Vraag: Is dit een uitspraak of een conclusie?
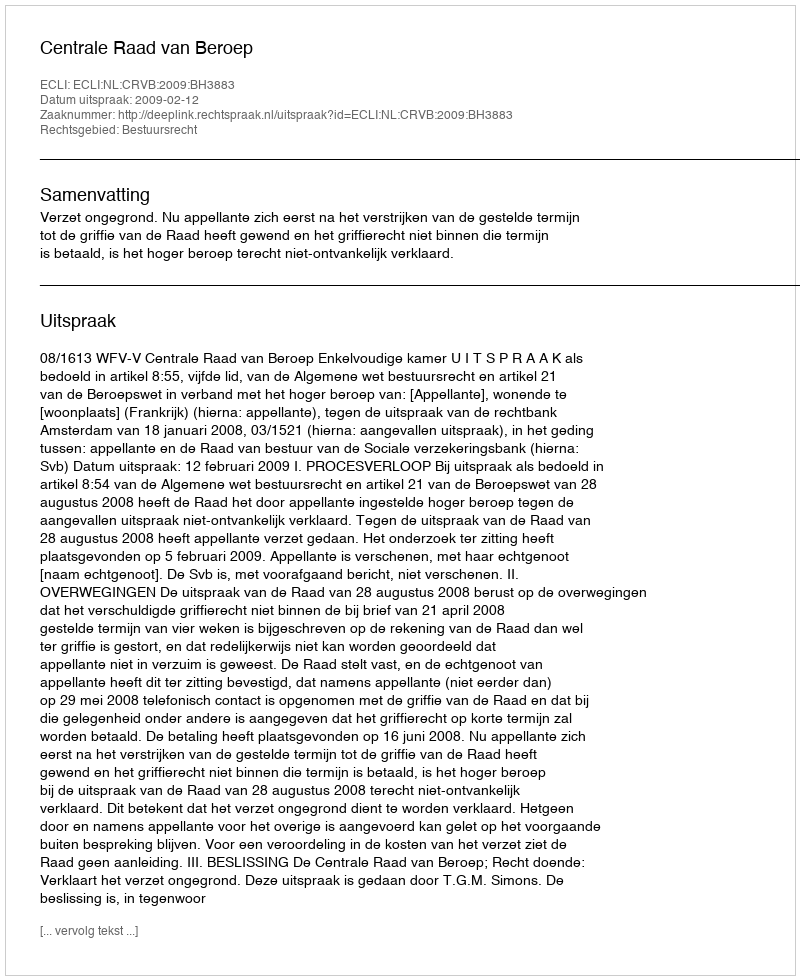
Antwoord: Uitspraak